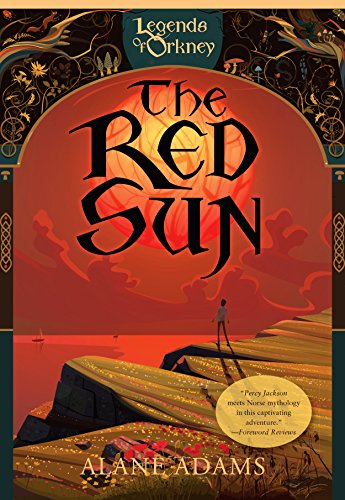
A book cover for The Red Sun (Legends of Orkney); Alane Adams; Children's Books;